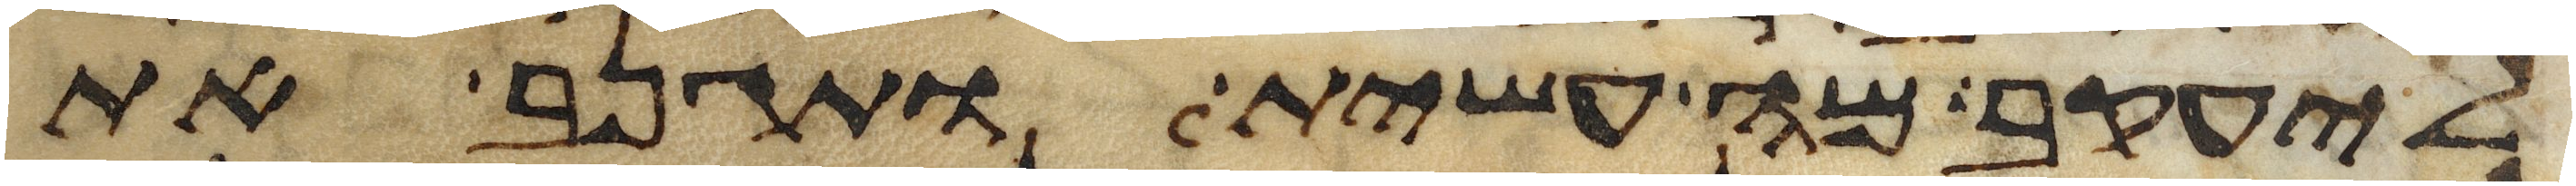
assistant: ליעקב מה עשית ותגנב את